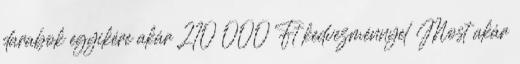
darabok egyikére akár 210 000 Ft kedvezménnyel Most akár